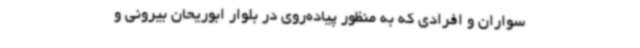
‌سواران و افرادی که به منظور پیاده‌روی در بلوار ابوریحان بیرونی و